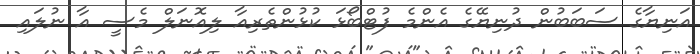
އަނިޔާގެ ސަބަބުން ދުނިޔޭގެ އެންމެ ފުޓްބޯޅަ ކުޅުންތެރިއާ ލިއޮނަލް މެސީ އާ ނުލައި